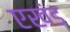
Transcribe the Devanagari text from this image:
एखंड